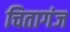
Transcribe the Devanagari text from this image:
चितागंज